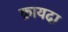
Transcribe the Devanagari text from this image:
क़ायदा